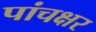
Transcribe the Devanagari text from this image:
पांचक्षर